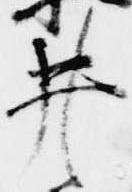
井